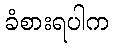
ခံစားရပါက